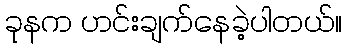
ခုနက ဟင်းချက်နေခဲ့ပါတယ်။